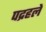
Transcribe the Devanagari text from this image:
पद्रहले